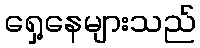
ရှေ့နေများသည်